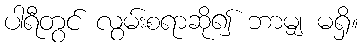
ပါရီတွင် လွမ်းစရာဆို၍ ဘာမျှ မရှိ။